Civil Veterinary Dept. North-West Frontier Province 1901-22 - 1901-1922
Year: 1901
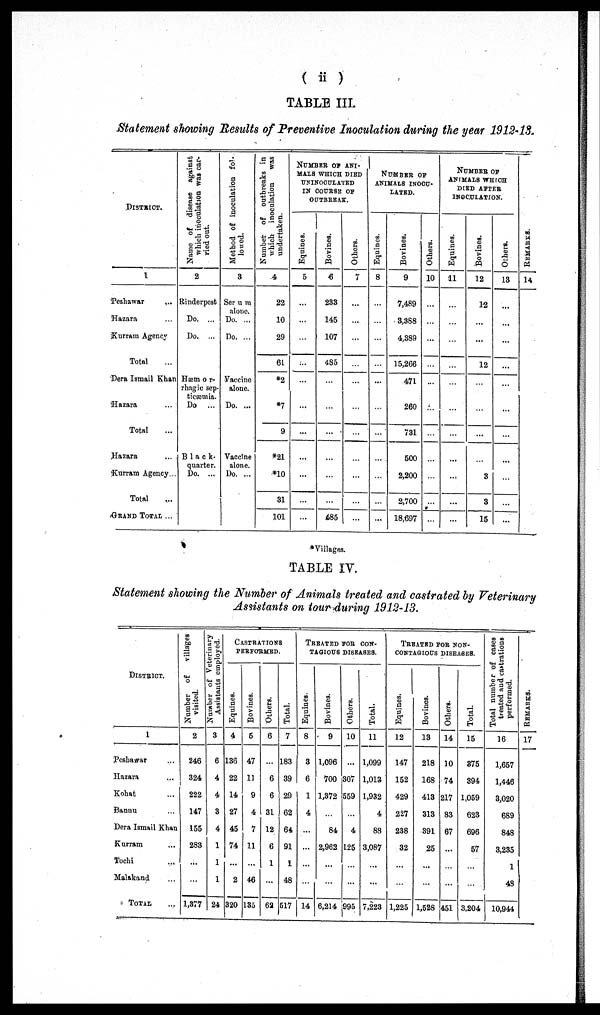
( ii )
TABLE III.
Statement showing Results of Preventive Inoculation during the year 1912-13.
DISTRICT.
1
Peshawar ...
Hazara ...
Kurram Agency
Total ...
Dera Ismail Khan
Hazara ...
Total ...
Hazara ...
Kurram Agency ...
Total
GRAND TOTAL ...
Name of disease against
which inoculation was car-
ried out.
2
Rinderpest
Do. ...
Do. ...
Hæmor-
rhagic sep-
ticæmia.
Do ...
Black
quarter.
Do. ...
Method of inoculation fol-
lowed.
3
Serum
alone.
Do. ...
Do. ...
Vaccine
alone.
Do. ...
Vaccine
alone.
Do. ...
Number of outbreaks in
which inoculation
was
undertaken.
4
22
10
29
61
*2
*7
9
*21
*10
31
101
NUMBER
OF
ANI-
MALS WHICH DIED
UNINOCULATED
IN COURSE OF
OUTBREAK.
Equines.
5
...
...
...
...
...
...
...
...
...
...
...
Bovines.
6
233
145
107
485
...
...
...
...
...
...
485
Others.
7
...
...
...
...
...
...
...
...
...
...
...
NUMBER OF
ANIOMALS INOCU-
LATED.
Equines.
8
...
...
...
...
...
...
...
...
...
...
...
Bovines.
9
7,489
3,388
4,389
15,266
471
260
731
500
2,200
2,700
18,697
Others.
10
...
...
...
...
...
...
...
...
...
...
...
NUMBER OF
ANIMALS WHICH
DIED AFTER
INOCULATION.
Equines.
11
...
...
...
...
...
...
...
...
...
...
...
Bovines.
12
12
...
...
12
...
...
...
...
3
3
15
Others.
13
...
...
...
...
...
...
...
...
...
...
...
REMARKS.
14
*Villages.
TABLE IV.
Statement showing the Number of Animals treated and castrated by Veterinary
Assistants on tour during 1912-13.
DISTRICT.
1
Peshawar ...
Hazara ...
Kohat ...
Bannu ...
Dera Ismail Khan
Kurram ...
Tochi ...
Malakand ...
TOTAL
Number of
villages
visited.
2
246
324
222
147
155
283
...
...
1,377
Number of Veterinary
Assistants employed.
3
6
4
4
3
4
1
1
1
24
CASTRATION
PERFORMRD.
Equi nes .
4
136
22
14
27
45
74
...
2
320
Bovines.
5
47
11
9
4
7
11
...
46
135
Ot her s .
6
...
6
6
31
12
6
1
...
62
Tot al .
7
183
39
29
62
64
91
1
48
517
TREATED FOR CON-
TAGIOUS DISEASES.
Equi nes .
8
3
6
1
4
...
...
...
...
14
Bovines.
9
1,096
700
1,372
...
84
2,962
...
...
6,214
Ot her s .
10
...
307
559
...
4
125
...
...
995
Tot al .
11
1,099
1,013
1,932
4
88
3,087
...
...
7,223
TREATED FOR NON-
CONTAGIOUS DISEASES.
Equi nes .
12
147
152
429
227
238
32
...
...
1,225
Bovines.
13
218
168
413
313
391
25
...
...
1,528
Ot her s .
14
10
74
217
83
67
...
...
...
451
Tot al .
15
375
394
1,059
623
696
57
...
...
3,204
Total number of cases
treated and castrations
performed.
16
1,657
1,446
3,020
689
848
3,235
1
48
10,944
REMARKS.
17